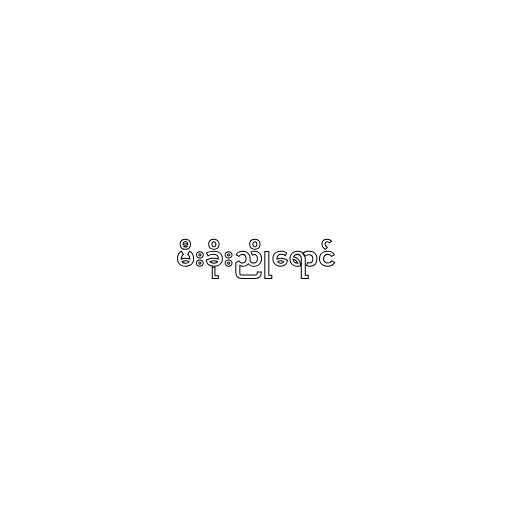
မီးခိုးညိုရောင်